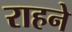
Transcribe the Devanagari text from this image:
राहने